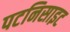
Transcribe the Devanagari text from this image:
पटनिसाइट